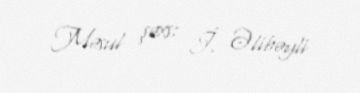
Məsul şəxs: İ. Əlibəyli